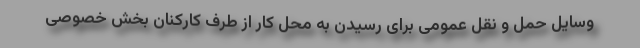
وسایل حمل و نقل عمومی برای رسیدن به محل کار از طرف کارکنان بخش خصوصی